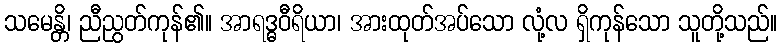
သမေန္တိ၊ ညီညွတ်ကုန်၏။ အာရဒ္ဓဝီရိယာ၊ အားထုတ်အပ်သော လုံ့လ ရှိကုန်သော သူတို့သည်။